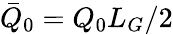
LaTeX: \bar{Q}_{0}=Q_{0}L_{G}/2